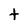
Character: t